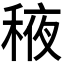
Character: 𬓰